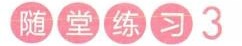
随堂练习3